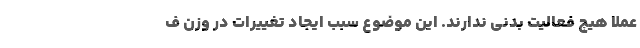
عملا هیچ فعالیت بدنی ندارند. این موضوع سبب ایجاد تغییرات در وزن ف